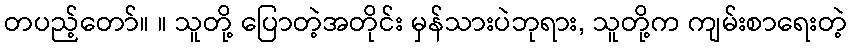
တပည့်တော်။ ။ သူတို့ ပြောတဲ့အတိုင်း မှန်သားပဲဘုရား, သူတို့က ကျမ်းစာရေးတဲ့